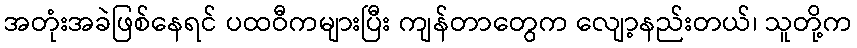
အတုံးအခဲဖြစ်နေရင် ပထဝီကများပြီး ကျန်တာတွေက လျော့နည်းတယ်၊ သူတို့က